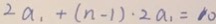
2 a _ { 1 } + ( n - 1 ) \cdot 2 a _ { 1 } = 1 0